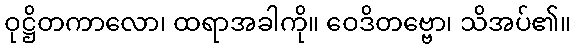
ဝုဋ္ဌိတကာလော၊ ထရာအခါကို။ ဝေဒိတဗ္ဗော၊ သိအပ်၏။